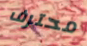
محترف